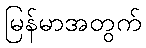
မြန်မာအတွက်